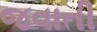
જવાતી